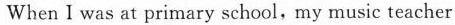
When I was at primary school, my music teacher